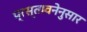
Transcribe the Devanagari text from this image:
प्रस्तावनेनुसार